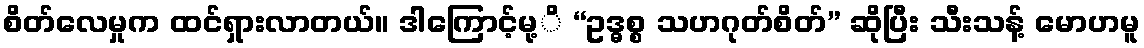
စိတ်လေမှုက ထင်ရှားလာတယ်။ ဒါကြောင့်မု့ိ “ဥဒ္ဓစ္စ သဟဂုတ်စိတ်” ဆိုပြီး သီးသန့် မောဟမူ